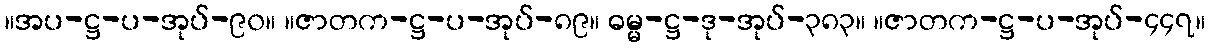
။အပ-ဋ္ဌ-ပ-အုပ်-၉၀။ ။ဇာတက-ဋ္ဌ-ပ-အုပ်-၈၉။ ဓမ္မ-ဋ္ဌ-ဒု-အုပ်-၃၈၃။ ။ဇာတက-ဋ္ဌ-ပ-အုပ်-၄၄၇။